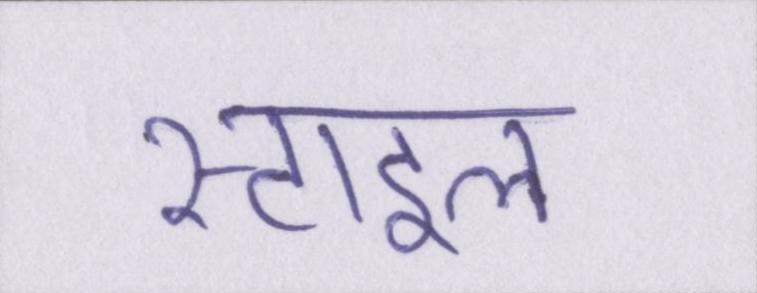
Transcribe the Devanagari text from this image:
स्टाइल